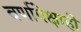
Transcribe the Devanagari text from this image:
वर्णापेक्षाही